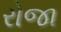
રોજા